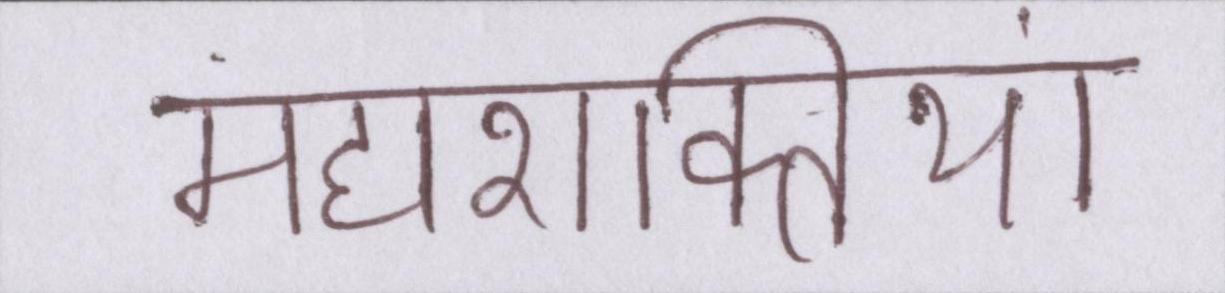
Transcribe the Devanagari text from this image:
महाशक्तियां